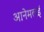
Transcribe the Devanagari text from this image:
आनेमलई